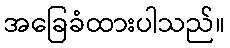
အခြေခံထားပါသည်။